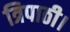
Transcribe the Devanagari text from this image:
त्रिपाठी।